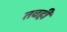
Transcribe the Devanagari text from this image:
तवही